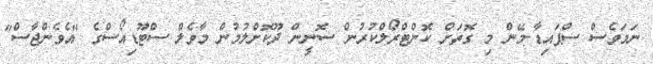
ނަމަވެސް ސްޕައިޑާ-މޭން މި ގޮތަށް ކޮންޓްރޯލްކުރުން ސޮނީން ދޫކޮށްލުމުން މާވެލް ސްޓޫޑިއޯސްގެ "އެވެންޖާސް"